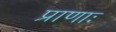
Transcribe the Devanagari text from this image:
प्राणाः